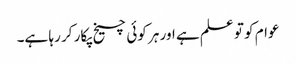
عوام کو تو علم ہے اور ہر کوئی چیخ پکار کر رہا ہے۔